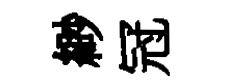
緲冠